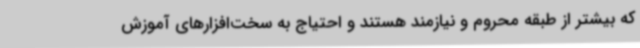
که بیشتر از طبقه محروم و نیازمند هستند و احتیاج به سخت‌افزارهای آموزش